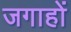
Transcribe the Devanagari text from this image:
जगाहों